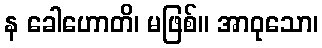
န ခေါဟောတိ၊ မဖြစ်။ အာဝုသော၊